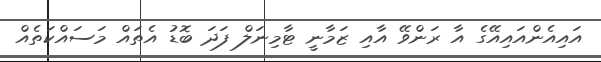
އައިއެންއައިއޭގެ އާ ރަންވޭ އާއި ޒަމާނީ ޓާމިނަލް ފަދަ ބޮޑު އެތައް މަސައްކަތެއް